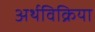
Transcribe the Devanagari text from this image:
अर्थविक्रिया